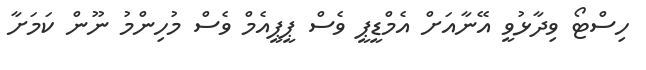
ހިސްޓޯ ވިދާޅުވީ އޭނާއަށް އެމްޑީޕީ ވެސް ޕީޕީއެމް ވެސް މުހިންމު ނޫން ކަމަށާ